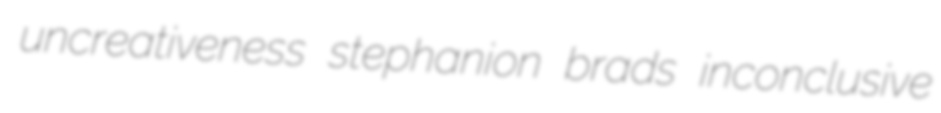
uncreativeness stephanion brads inconclusive